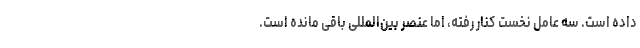
داده است. سه عامل نخست کنار رفته، اما عنصر بین‌المللی باقی مانده است.